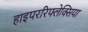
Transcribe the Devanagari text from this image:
हाइपररिफ्लेक्सिया